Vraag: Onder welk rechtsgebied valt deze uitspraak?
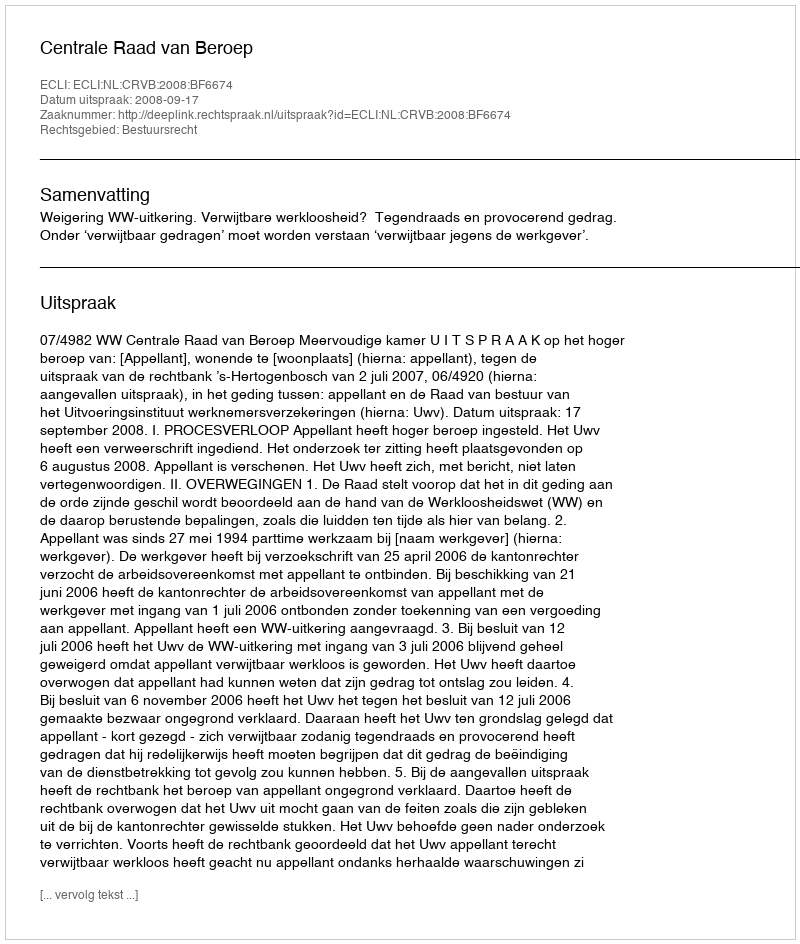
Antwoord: Bestuursrecht